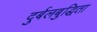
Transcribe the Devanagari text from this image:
दुर्बलबुद्धिता